Insane asylums Bombay 1873-77 - 1873-1877
Year: 1873
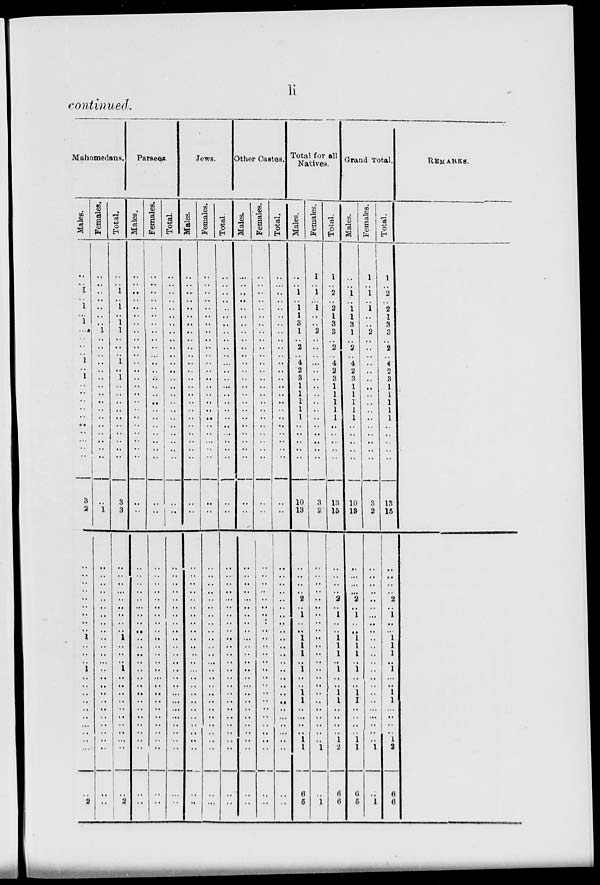
li
continued.
Mahomedans.
Males.
..
.. 1
.. 1
..
1
..
..
..
.. 1
..
1
..
..
..
..
..
..
..
..
..
..
3
2
..
..
..
..
..
..
..
..
..
1
..
..
..
1
..
..
..
..
..
..
..
..
..
..
..
2
Females.
..
..
..
..
..
..
..
1
..
..
..
..
..
..
..
..
..
..
..
..
..
..
..
..
..
1
..
..
..
..
..
..
..
..
..
..
..
..
.. ..
..
..
..
..
..
..
..
..
..
..
..
..
Total.
..
..
1
..
1
..
1
1
..
..
..
1
..
1
..
..
..
..
..
..
..
..
..
..
3
3
..
..
..
..
..
..
..
..
..
1
..
..
.. 1
..
..
..
..
..
..
..
..
..
..
..
2
Parsees.
Males.
..
..
..
..
..
..
..
..
..
..
..
..
..
..
..
..
..
..
..
..
..
..
..
..
..
..
..
..
..
..
..
..
..
.. ..
..
..
..
..
..
..
..
..
..
..
..
..
..
..
..
..
..
Females.
..
..
..
..
..
..
..
..
..
..
..
..
..
..
..
..
..
..
..
..
..
..
..
..
..
..
..
..
..
..
..
..
..
..
..
..
..
..
..
..
..
..
..
..
..
..
..
..
..
..
..
..
Total.
..
..
..
..
..
..
..
..
..
..
..
..
..
..
..
..
..
..
..
..
..
..
..
..
..
..
..
..
..
..
..
..
..
..
..
..
..
..
..
..
..
..
..
..
..
..
..
..
..
..
..
..
Jews.
Males.
..
..
..
..
..
..
..
..
..
..
..
..
..
..
..
..
..
..
..
..
..
..
..
..
..
..
..
..
..
..
..
..
..
..
..
..
..
..
..
..
..
..
..
..
..
..
..
..
..
..
..
..
Females.
..
..
..
..
..
..
..
..
..
..
..
..
..
..
..
..
..
..
..
..
..
..
..
..
..
..
..
..
..
..
..
..
..
..
..
..
..
..
..
..
..
..
..
..
..
..
..
..
..
..
..
..
Total.
..
..
..
..
..
..
..
..
..
..
..
..
..
..
..
..
..
..
..
..
..
..
..
..
..
..
..
..
..
..
..
..
..
..
..
..
..
..
..
..
..
..
..
..
..
..
..
..
..
..
..
..
Other Castes.
Males.
..
..
..
..
..
..
..
..
..
..
..
..
..
..
..
..
..
..
..
..
..
..
..
..
..
..
..
..
..
..
..
..
..
..
..
..
..
..
..
..
..
..
..
..
..
..
..
..
..
..
..
..
Females.
..
..
..
..
..
..
..
..
..
..
..
..
..
..
..
..
..
..
..
..
..
..
..
..
..
..
..
..
..
..
..
..
..
..
..
..
..
..
..
..
..
..
..
..
..
..
..
..
..
..
..
..
Total.
..
..
..
..
..
..
..
..
..
..
..
..
..
..
..
..
..
..
..
..
..
..
..
..
..
..
..
..
..
..
..
..
..
..
..
..
..
..
..
..
..
..
..
..
..
..
..
..
..
..
..
..
Total for all
Natives.
Males.
..
..
1
..
1
1
3
1
..
2
..
4
2
3
1
1
1
1
1
..
..
..
..
..
10
13
..
..
..
..
2
.. 1
..
..
1
1
1
.. 1
..
..
1
1
..
..
..
..
1
1
6
5
Females.
1
..
1
..
1
..
..
2
..
..
..
..
..
..
..
..
..
.,
..
..
..
..
..
..
3
2
..
..
..
..
..
.. ..
..
..
..
..
..
.. ..
..
..
..
..
..
..
..
..
..
1
..
1
Total.
1
..
2
..
2
1
3
3
..
2
..
4
2
3
1
1
1
1
1
..
..
..
..
..
13
15
..
..
..
..
2
.. 1
..
..
1
1
1
.. 1
..
..
1
1
..
..
..
..
1
2
6
6
Grand Total.
Males.
..
..
1
..
1
1
3
1
..
2
..
4
2
3
1
1
1
1
1
..
..
..
..
..
10
13
..
..
..
..
2
.. 1
..
..
1
1
1
.. 1
..
..
1
1
..
..
..
..
1
1
6
5
Females.
1
..
1
..
1
..
..
2
..
..
..
..
..
..
..
..
..
..
..
..
..
..
..
..
3
2
..
..
..
..
..
..
..
..
..
..
..
..
..
..
..
..
..
..
..
..
..
..
..
1
..
1
Total.
1
..
2
..
2
1
3
3
..
2
..
4
2
3
1
1
1
1
1
..
..
..
..
..
13
15
..
..
..
..
2
.. 1
..
..
1
1
1
.. 1
..
..
1
1
..
..
..
..
1
2
6
6
REMARKS.